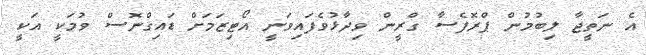
އެ ނަތީޖާ ލިބުމުން ޕްރޮފެސާ ގްރީން ވިދާޅުވެފައިވަނީ އޯޓިޒަމަށް ޑައިގްނޮސް ވުމަކީ އަކީ